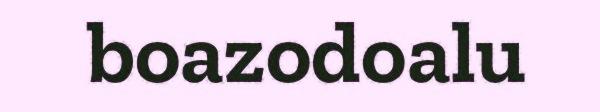
boazodoalu